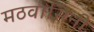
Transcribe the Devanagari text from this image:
मठवासिनी